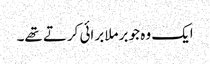
ایک وہ جو برملا برائی کرتے تھے۔